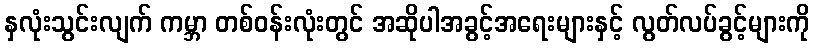
နှလုံးသွင်းလျက် ကမ္ဘာ တစ်ဝန်းလုံးတွင် အဆိုပါအခွင့်အရေးများနှင့် လွတ်လပ်ခွင့်များကို